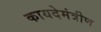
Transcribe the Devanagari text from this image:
कायदेमंत्रीण